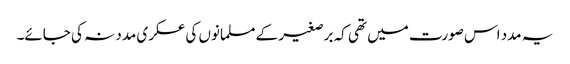
یہ مدد اس صورت میں تھی کہ برصغیر کے مسلمانوں کی عسکری مدد نہ کی جائے۔